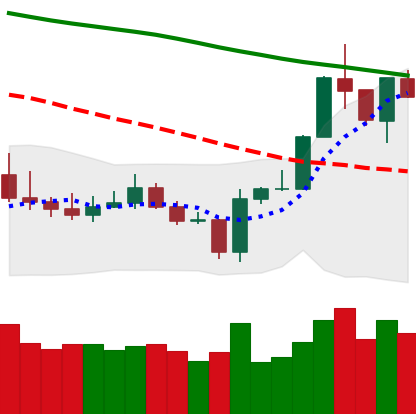
Ticker: BTC-USD
Chart end date: 2020-01-11
Forward return: 8.538%
Label: up_7plus